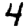
Digit: 4